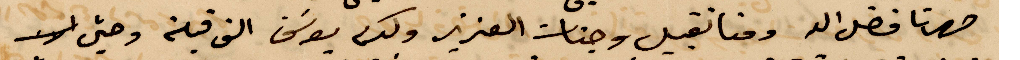
صهرنا فضل الله ومنا نقبل وجنات العزيز وكرم يوسف الف قبلة وحتى